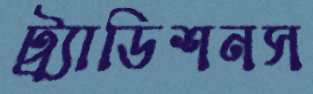
ট্র্যাডিশনস